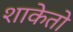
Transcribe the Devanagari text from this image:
शाकेतो